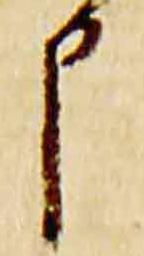
申